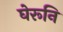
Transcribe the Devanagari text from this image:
घेरूनि